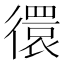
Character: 𢕼